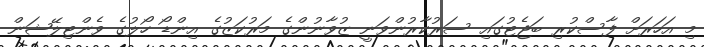
މި އަހަރަށް ފާސްކުރި ބަޖެޓުގައި ސަރުކާރުންވަނީ ޒުވާނުންގެ މަރުކަޒުގެ އިންޑޯ ހޯލުގެ ވެންޓިލޭޝަން